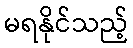
မရနိုင်သည့်